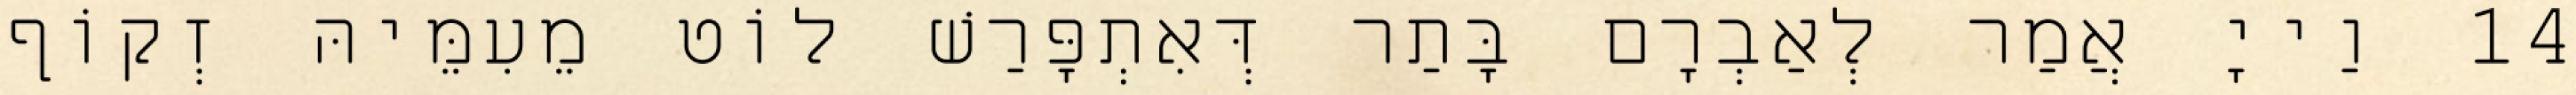
14 וַייָ אֲמַר לְאַבְרָם בָּתַר דְּאִתְפָּרַשׁ לוֹט מֵעִמֵּיהּ זְקוֹף